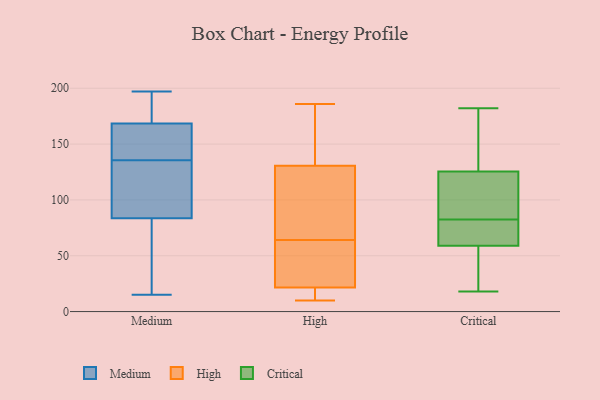
{"axis": {"x": "Humidity (%)", "y": "Value"}, "legend": ["Critical", "High", "Medium"], "data": [{"x": "", "y": 169, "type": "Medium"}, {"x": "", "y": 121, "type": "Medium"}, {"x": "", "y": 133, "type": "Medium"}, {"x": "", "y": 43, "type": "Medium"}, {"x": "", "y": 193, "type": "Medium"}, {"x": "", "y": 75, "type": "Medium"}, {"x": "", "y": 92, "type": "Medium"}, {"x": "", "y": 186, "type": "Medium"}, {"x": "", "y": 15, "type": "Medium"}, {"x": "", "y": 62, "type": "Medium"}, {"x": "", "y": 158, "type": "Medium"}, {"x": "", "y": 113, "type": "Medium"}, {"x": "", "y": 145, "type": "Medium"}, {"x": "", "y": 95, "type": "Medium"}, {"x": "", "y": 45, "type": "Medium"}, {"x": "", "y": 161, "type": "Medium"}, {"x": "", "y": 168, "type": "Medium"}, {"x": "", "y": 138, "type": "Medium"}, {"x": "", "y": 197, "type": "Medium"}, {"x": "", "y": 189, "type": "Medium"}, {"x": "", "y": 16, "type": "High"}, {"x": "", "y": 65, "type": "High"}, {"x": "", "y": 63, "type": "High"}, {"x": "", "y": 166, "type": "High"}, {"x": "", "y": 186, "type": "High"}, {"x": "", "y": 65, "type": "High"}, {"x": "", "y": 24, "type": "High"}, {"x": "", "y": 57, "type": "High"}, {"x": "", "y": 10, "type": "High"}, {"x": "", "y": 19, "type": "High"}, {"x": "", "y": 96, "type": "High"}, {"x": "", "y": 165, "type": "High"}, {"x": "", "y": 86, "type": "Critical"}, {"x": "", "y": 140, "type": "Critical"}, {"x": "", "y": 127, "type": "Critical"}, {"x": "", "y": 35, "type": "Critical"}, {"x": "", "y": 54, "type": "Critical"}, {"x": "", "y": 73, "type": "Critical"}, {"x": "", "y": 64, "type": "Critical"}, {"x": "", "y": 182, "type": "Critical"}, {"x": "", "y": 52, "type": "Critical"}, {"x": "", "y": 133, "type": "Critical"}, {"x": "", "y": 124, "type": "Critical"}, {"x": "", "y": 79, "type": "Critical"}, {"x": "", "y": 74, "type": "Critical"}, {"x": "", "y": 119, "type": "Critical"}, {"x": "", "y": 89, "type": "Critical"}, {"x": "", "y": 18, "type": "Critical"}]}